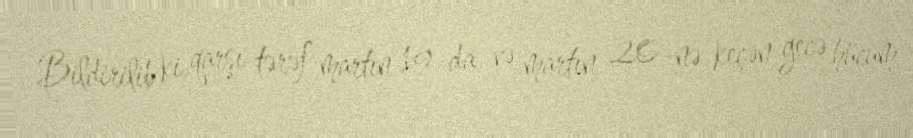
Bildirilib ki, qarşı tərəf martın 19-da və martın 20-nə keçən gecə hücum